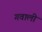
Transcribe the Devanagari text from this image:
गवाली